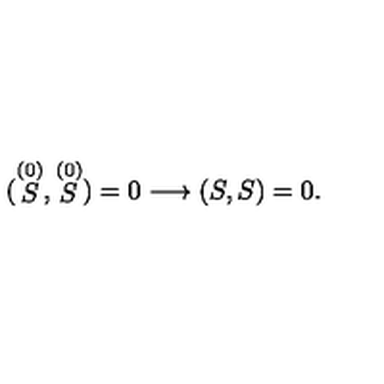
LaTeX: ( \stackrel { ( 0 ) } { S } , \stackrel { ( 0 ) } { S } ) = 0 \longrightarrow ( S , S ) = 0 .